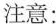
注意：